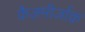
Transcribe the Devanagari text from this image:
कैज़मीर्जाक़